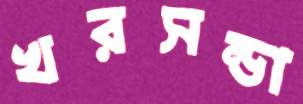
খরসন্ডা